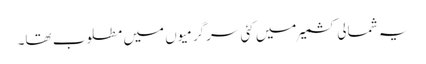
یہ شمالی کشمیر میں کئی سرگرمیوں میں مطلوب تھا۔